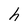
Character: h